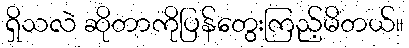
ရှိသလဲ ဆိုတာကိုပြန်တွေးကြည့်မိတယ်။